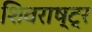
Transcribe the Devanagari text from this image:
शिवराष्ट्र